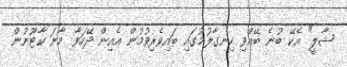
ޝާލީ" އެކޭ ބުނެ ބޭއްވި ހިނގާލުމުގައި ބައިވެރިވުމުން އެއިން ދޭހަވާ މާނަ ކާޓޫނުން